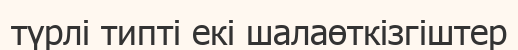
түрлі типті екі шалаөткізгіштер